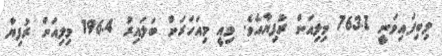
ލިބިފައިވަނީ 763.7 މިލިއަން ރުފިޔާއެވެ. މިއީ މިއަހަރަށް ބަލައިރު 196.4 މިލިއަން ރުފިޔާ